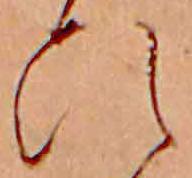
ひ